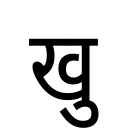
OCR:
खु